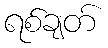
ရစ်ချတ်